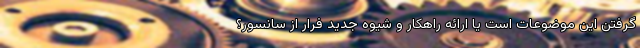
گرفتن این موضوعات است یا ارائه راهکار و شیوه جدید فرار از سانسور؟